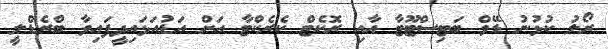
ރޯލު ކުޅުނު ޑޭވް ބަޓިސްޓޫޓާ އާއި ރޮކެޓް ކެރެކްޓާ އަށް އަޑުއަޅައިދީފައިވާ ބްރެޑްލީ